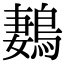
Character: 鶈